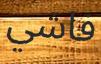
فاشي